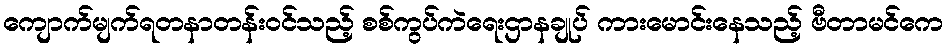
ကျောက်မျက်ရတနာတန်းဝင်သည့် စစ်ကွပ်ကဲရေးဌာနချုပ် ကားမောင်းနေသည့် ဗီတာမင်ကေ